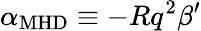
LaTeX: \alpha_{\mathrm{MHD}}\equiv-Rq^{2}\beta^{\prime}